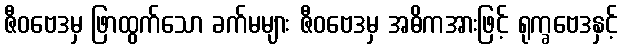
ဇီဝဗေဒမှ ဖြာထွက်သော ခက်မများ ဇီဝဗေဒမှ အဓိကအားဖြင့် ရုက္ခဗေဒနှင့်